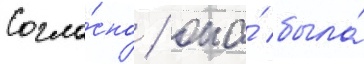
Согла́сно / она́ была́